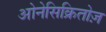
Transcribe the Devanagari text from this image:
ओनेसिक्रितोज़